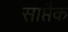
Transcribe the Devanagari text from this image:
साप्तैक